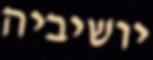
יושיביה